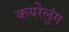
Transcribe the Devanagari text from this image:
कयरेलुंग